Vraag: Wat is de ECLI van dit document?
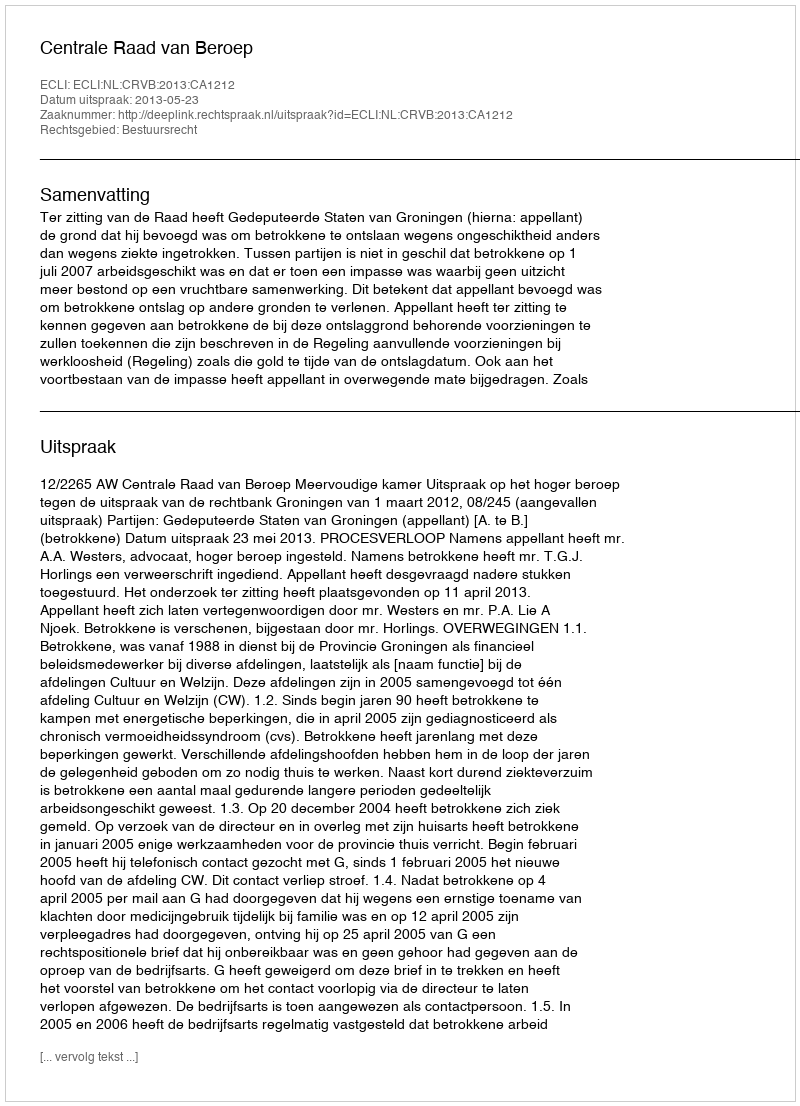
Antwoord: ECLI:NL:CRVB:2013:CA1212